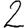
Digit: 2